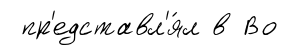
пр'едставл'я́л в Во